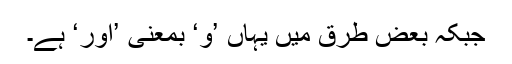
جبکہ بعض طرق میں یہاں ’و‘ بمعنی ’اور‘ ہے۔